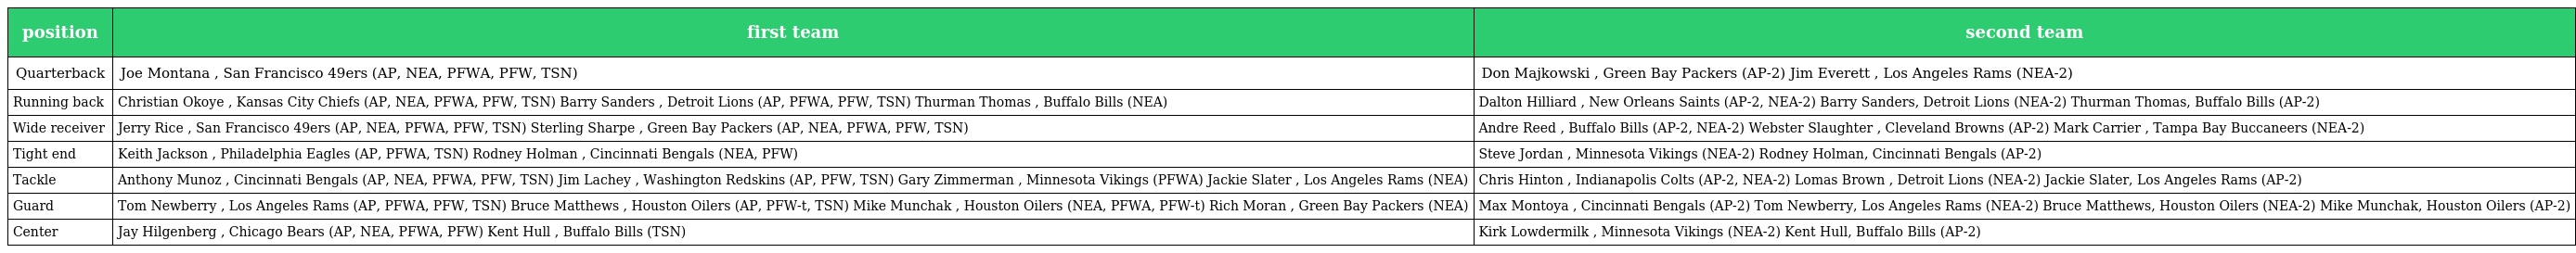
| position | first team | second team |
 | --- | --- | --- |
 | Quarterback | Joe Montana , San Francisco 49ers (AP, NEA, PFWA, PFW, TSN) | Don Majkowski , Green Bay Packers (AP-2) Jim Everett , Los Angeles Rams (NEA-2) |
 | Running back | Christian Okoye , Kansas City Chiefs (AP, NEA, PFWA, PFW, TSN) Barry Sanders , Detroit Lions (AP, PFWA, PFW, TSN) Thurman Thomas , Buffalo Bills (NEA) | Dalton Hilliard , New Orleans Saints (AP-2, NEA-2) Barry Sanders, Detroit Lions (NEA-2) Thurman Thomas, Buffalo Bills (AP-2) |
 | Wide receiver | Jerry Rice , San Francisco 49ers (AP, NEA, PFWA, PFW, TSN) Sterling Sharpe , Green Bay Packers (AP, NEA, PFWA, PFW, TSN) | Andre Reed , Buffalo Bills (AP-2, NEA-2) Webster Slaughter , Cleveland Browns (AP-2) Mark Carrier , Tampa Bay Buccaneers (NEA-2) |
 | Tight end | Keith Jackson , Philadelphia Eagles (AP, PFWA, TSN) Rodney Holman , Cincinnati Bengals (NEA, PFW) | Steve Jordan , Minnesota Vikings (NEA-2) Rodney Holman, Cincinnati Bengals (AP-2) |
 | Tackle | Anthony Munoz , Cincinnati Bengals (AP, NEA, PFWA, PFW, TSN) Jim Lachey , Washington Redskins (AP, PFW, TSN) Gary Zimmerman , Minnesota Vikings (PFWA) Jackie Slater , Los Angeles Rams (NEA) | Chris Hinton , Indianapolis Colts (AP-2, NEA-2) Lomas Brown , Detroit Lions (NEA-2) Jackie Slater, Los Angeles Rams (AP-2) |
 | Guard | Tom Newberry , Los Angeles Rams (AP, PFWA, PFW, TSN) Bruce Matthews , Houston Oilers (AP, PFW-t, TSN) Mike Munchak , Houston Oilers (NEA, PFWA, PFW-t) Rich Moran , Green Bay Packers (NEA) | Max Montoya , Cincinnati Bengals (AP-2) Tom Newberry, Los Angeles Rams (NEA-2) Bruce Matthews, Houston Oilers (NEA-2) Mike Munchak, Houston Oilers (AP-2) |
 | Center | Jay Hilgenberg , Chicago Bears (AP, NEA, PFWA, PFW) Kent Hull , Buffalo Bills (TSN) | Kirk Lowdermilk , Minnesota Vikings (NEA-2) Kent Hull, Buffalo Bills (AP-2) |